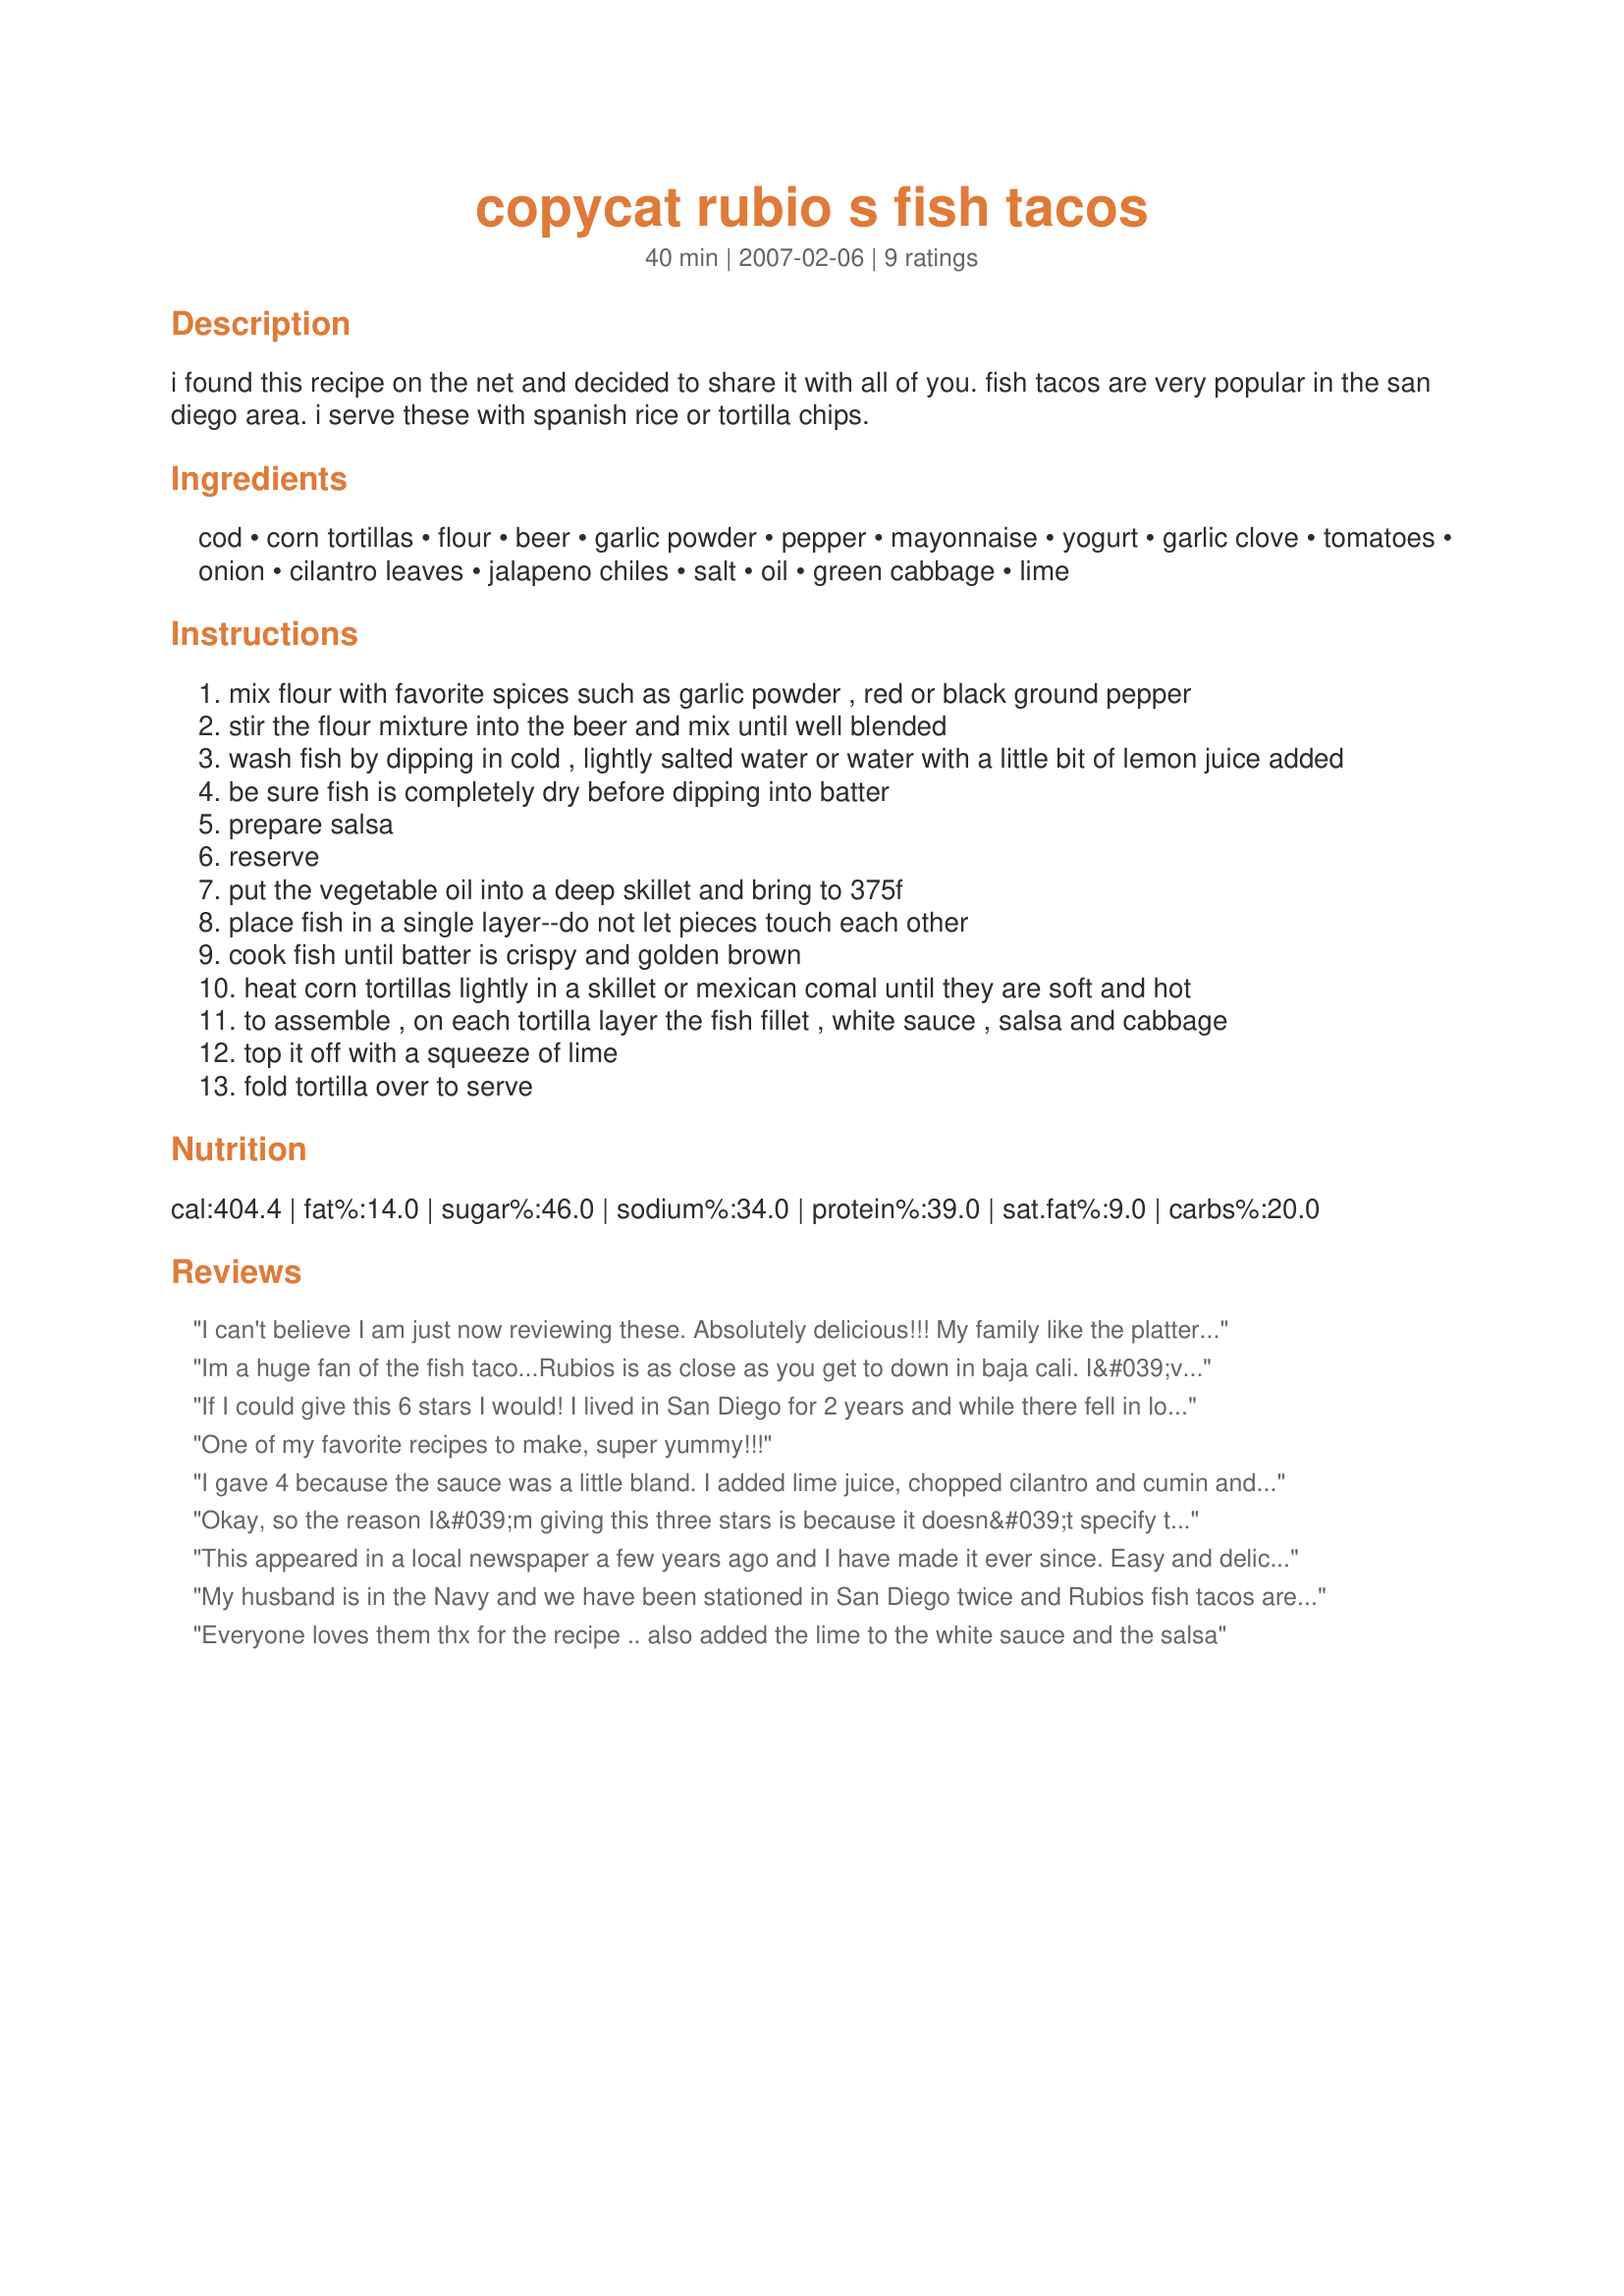
copycat rubio s fish tacos
Preparation time: 40 minutes

i found this recipe on the net and decided to share it with all of you. fish tacos are very popular in the san diego area. i serve these with spanish rice or tortilla chips.

Ingredients:
cod, corn tortillas, flour, beer, garlic powder, pepper, mayonnaise, yogurt, garlic clove, tomatoes, onion, cilantro leaves, jalapeno chiles, salt, oil, green cabbage, lime

Steps:
mix flour with favorite spices such as garlic powder , red or black ground pepper
stir the flour mixture into the beer and mix until well blended
wash fish by dipping in cold , lightly salted water or water with a little bit of lemon juice added
be sure fish is completely dry before dipping into batter
prepare salsa
reserve
put the vegetable oil into a deep skillet and bring to 375f
place fish in a single layer--do not let pieces touch each other
cook fish until batter is crispy and golden brown
heat corn tortillas lightly in a skillet or mexican comal until they are soft and hot
to assemble , on each tortilla layer the fish fillet , white sauce , salsa and cabbage
top it off with a squeeze of lime
fold tortilla over to serve

Reviews:
I can't believe I am just now reviewing these. Absolutely delicious!!! My family like the platter clean so to speak. The only change I made was to use my own homemade salsa, otherwise I followed the recipe exactly. Now when I plan taco night for our house, I know that these have to be on the menu. Thanks.
Im a huge fan of the fish taco...Rubios is as close as you get to down in baja cali. I&#039;ve tried this white sauce, it works but it&#039;s not Rubios. We had Rubios last night, got a side of the white sauce and tried it on its own ( great tortilla dip! Combo with Picante sauce) Rubios tastes like watered down tarter sauce with milk, no relish. One i make at home for fish tacos is Mayo, red wine vinegar, lemon, garlic powder, and pepper, it&#039;s killer too.
If I could give this 6 stars I would! I lived in San Diego for 2 years and while there fell in love with Rubio&#039;s fish tacos. Now I&#039;ve been gone for 7 years and have craved them at times, so when it came time to create a Mexican Fiesta for a dinner party, I knew I had to add fish tacos to the menu. This recipe is IDENTICAL to the fish tacos I remember at Rubio&#039;s and now I can enjoy them anytime I want and don&#039;t have to spend thousands on a plane ticket to do so! My guests were amazed and everyone LOVED them. I really didn&#039;t change anything in the recipe. Every component is simple in itself but when combined, command your taste buds to attention! Thank you for posting!
One of my favorite recipes to make, super yummy!!!
I gave 4 because the sauce was a little bland. I added lime juice, chopped cilantro and cumin and it was fantastic!! The rest of this is spot on and delicious. As transplants from San Diego, we appreciate the taste of home.
Okay, so the reason I&#039;m giving this three stars is because it doesn&#039;t specify the amount of garlic powder or pepper to add. Also it doesn&#039;t call for salt. This may be because some brands of garlic powder have salt in them. I used lemon pepper and garlic powder, salt, flour, and beer in the batter. I used cod. There was a lot of trial and error involved because I didn&#039;t know how much salt and spices to add. I also added lime juice, cumin, salt, nutmeg, and sugar to the white sauce. Next time I will not add in sugar or greatly reduce it. I didn&#039;t make the salsa so I can&#039;t say anything about that.
This appeared in a local newspaper a few years ago and I have made it ever since. Easy and delicious. Even my husband, who swore he would NEVER eat a fish taco, loves these!
My husband is in the Navy and we have been stationed in San Diego twice and Rubios fish tacos are some of the things we miss most dearly about the area! I had high hopes for this recipe and was certainly not disappointed! I admit I did not fry my fish, so I can't vouch for the batter, but I marinated some orange rough filets, grilled them and served them with the salsa and white sauce and topped with shredded cabbage. I finished each taco with a slice of ripe avocado and a sprinkling of cilantro. I used plain greek yogurt for the white sauce and light mayo and found that it was a little thick and didn't have quite the "tang" of Rubio's recipe. So, I added some fresh lime juice and it was perfect! I didn't have quite enough fresh tomatoes for the salsa, so I threw in a can of Rotel, extra garlic, extra cilantro, fresh lime juice and 1 tsp of cumin. I used only one jalepeno, as we don't like it too spicy. It was the best salsa I have ever made and was astonishingly close to the way Rubio's tastes. The corn tortillas are a MUST, do not substitute flour or it won't be a "real" fish taco and won't taste the same. If your corn tortillas are on the thin side, do what ubio's does and double them up (stack two together and add fish and condiments on top, then fold) so your taco doesn't get too soggy and fall apart.
My husband said these were BETTER than Rubio's! I thought they were quite good as well. Thanks for sharing!
Everyone loves them thx for the recipe .. also added the lime to the white sauce and the salsa
